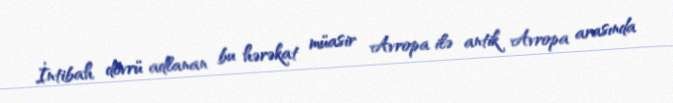
İntibah dövrü adlanan bu hərəkat müasir Avropa ilə antik Avropa arasında